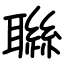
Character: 䏈